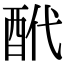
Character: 𨠍